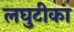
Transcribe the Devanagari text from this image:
लघुटीका